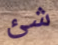
شئ